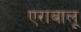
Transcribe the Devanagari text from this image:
एराबालू